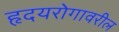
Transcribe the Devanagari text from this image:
हृदयरोगावरील